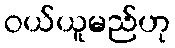
ဝယ်ယူမည်ဟု